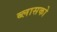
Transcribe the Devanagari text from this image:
ब्लासको